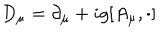
LaTeX: D _ { \mu } = \partial _ { \mu } + i g [ A _ { \mu } , \cdot ]